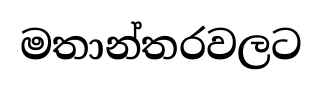
මතාන්තරවලට